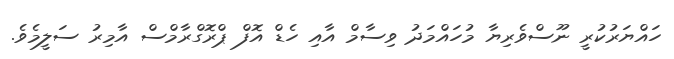
ހައްޔަރުކުރީ ނޫސްވެރިޔާ މުހައްމަދު ވިސާމް އާއި ހެޑް އޮފް ޕްރޮގްރާމްސް އާމިރު ސަލީމެވެ.